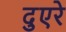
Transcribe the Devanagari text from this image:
दुएरे